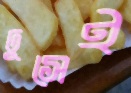
ঢুসেই